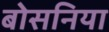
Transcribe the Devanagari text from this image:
बोसनिया